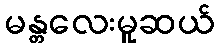
မန္တလေးမူဆယ်